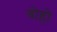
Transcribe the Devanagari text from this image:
बोहो